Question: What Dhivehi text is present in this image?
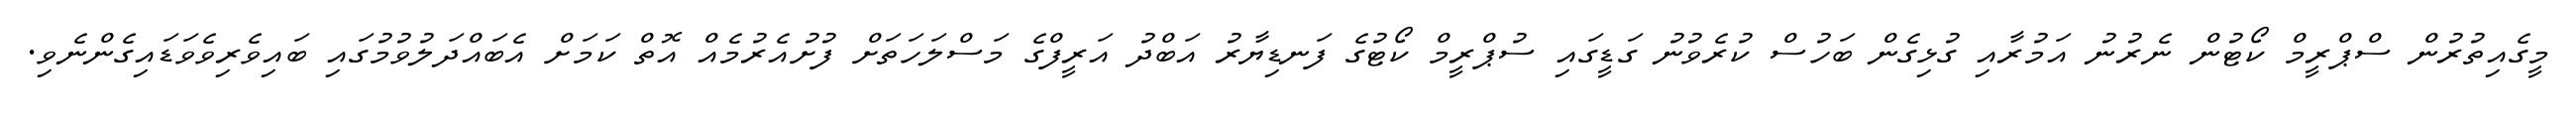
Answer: މީގެއިތުރުން ސްޕްރީމް ކޯޓުން ނެރުނު އަމުރާއި ގުޅިގެން ބަހުސް ކުރެވުނު ގަޑީގައި ސުޕްރީމް ކޯޓުގެ ފަނޑިޔާރު އަބްދު އަރީފްގެ މަސްލަހަތަށް ފުށުއެރުމެއް އޮތް ކަމަށް އެބައްދަލުވުމުގައި ބައިވެރިވެވަޑައިގެންނެވި.